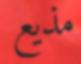
مذيع